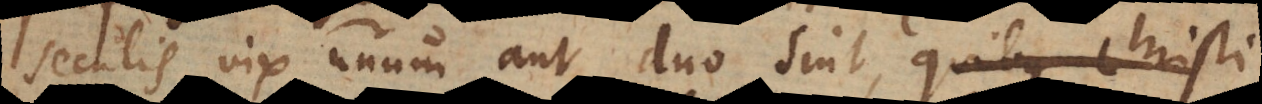
seculis vix unum aut duo sint, quibus Christi